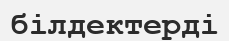
білдектерді